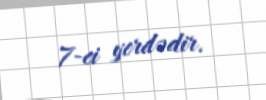
7-ci yerdədir.